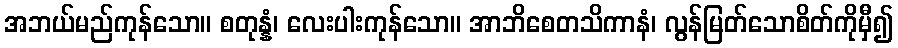
အဘယ်မည်ကုန်သော။ စတုန္နံ၊ လေးပါးကုန်သော။ အာဘိစေတသိကာနံ၊ လွန်မြတ်သောစိတ်ကိုမှီ၍